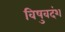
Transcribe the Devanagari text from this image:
विषुवदंश